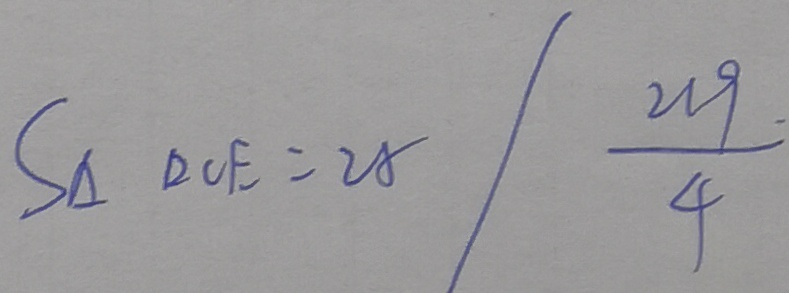
S _ { \Delta } D C E = 2 8 / \frac { 2 1 9 . } { 4 }